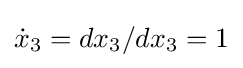
{\dot {x}}_{3}=dx_{3}/dx_{3}=1